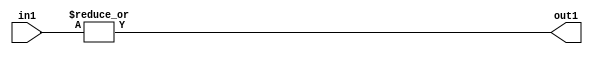
`timescale 1ps / 1ps
/*****************************************************************************
    Verilog RTL Description
    
    
    Created by: Stratus DpOpt 2019.1.01 
*******************************************************************************/

module feature_write_addr_gen_OrReduction_3U_1U_4_0 (
	in1,
	out1
	); /* architecture "behavioural" */ 
input [2:0] in1;
output  out1;
wire  asc001;

assign asc001 = 
	(|in1);

assign out1 = asc001;
endmodule

/* CADENCE  urf1Sw8= : u9/ySgnWtBlWxVPRXgAZ4Og= ** DO NOT EDIT THIS LINE ******/